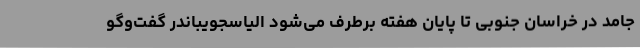
جامد در خراسان جنوبی تا پایان هفته برطرف می‌شود الیاسجویباندر گفت‌وگو